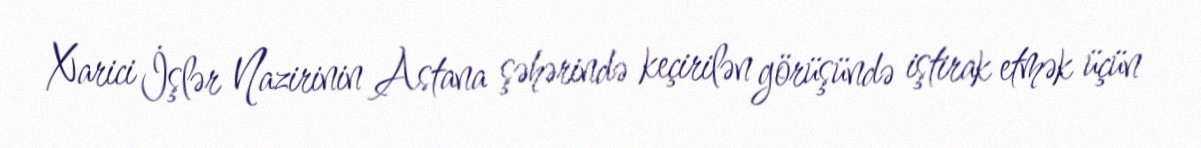
Xarici İşlər Nazirinin Astana şəhərində keçirilən görüşündə iştirak etmək üçün